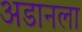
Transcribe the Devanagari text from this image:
अडानला